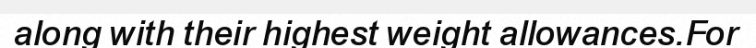
along with their highest weight allowances.For